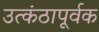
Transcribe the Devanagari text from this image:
उत्कंठापूर्वक